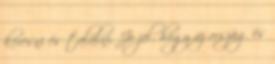
keresni és találni. Jó jel, hogy az ország és